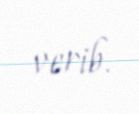
verib.